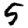
Digit: 5